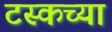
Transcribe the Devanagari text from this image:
टस्कच्या